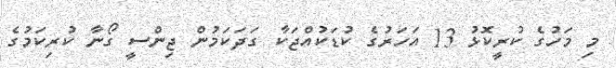
މި މަހުގެ ކުރީކޮޅު 13 އަހަރުގެ ކުޑަކުއްޖަކާ ގަދަކަމުން ޖިންސީ ގޯނާ ކުރިކަމުގެ